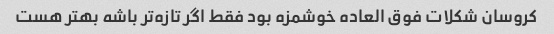
کروسان شکلات فوق العاده خوشمزه بود فقط اگر تازه‌تر باشه بهتر هست